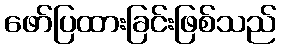
ဖော်ပြထားခြင်းဖြစ်သည်